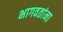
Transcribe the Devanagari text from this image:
भागवतांना